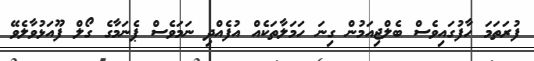
ފުރަތަމަ ހާފުގައިވެސް ބެލްޖިއަމުން ގިނަ ހަމަލާތަކެއް އުފެއްދި ނަމަވެސް ޕެނަމާގެ ގޯލް ފޫއަޅުވާލެވޭ